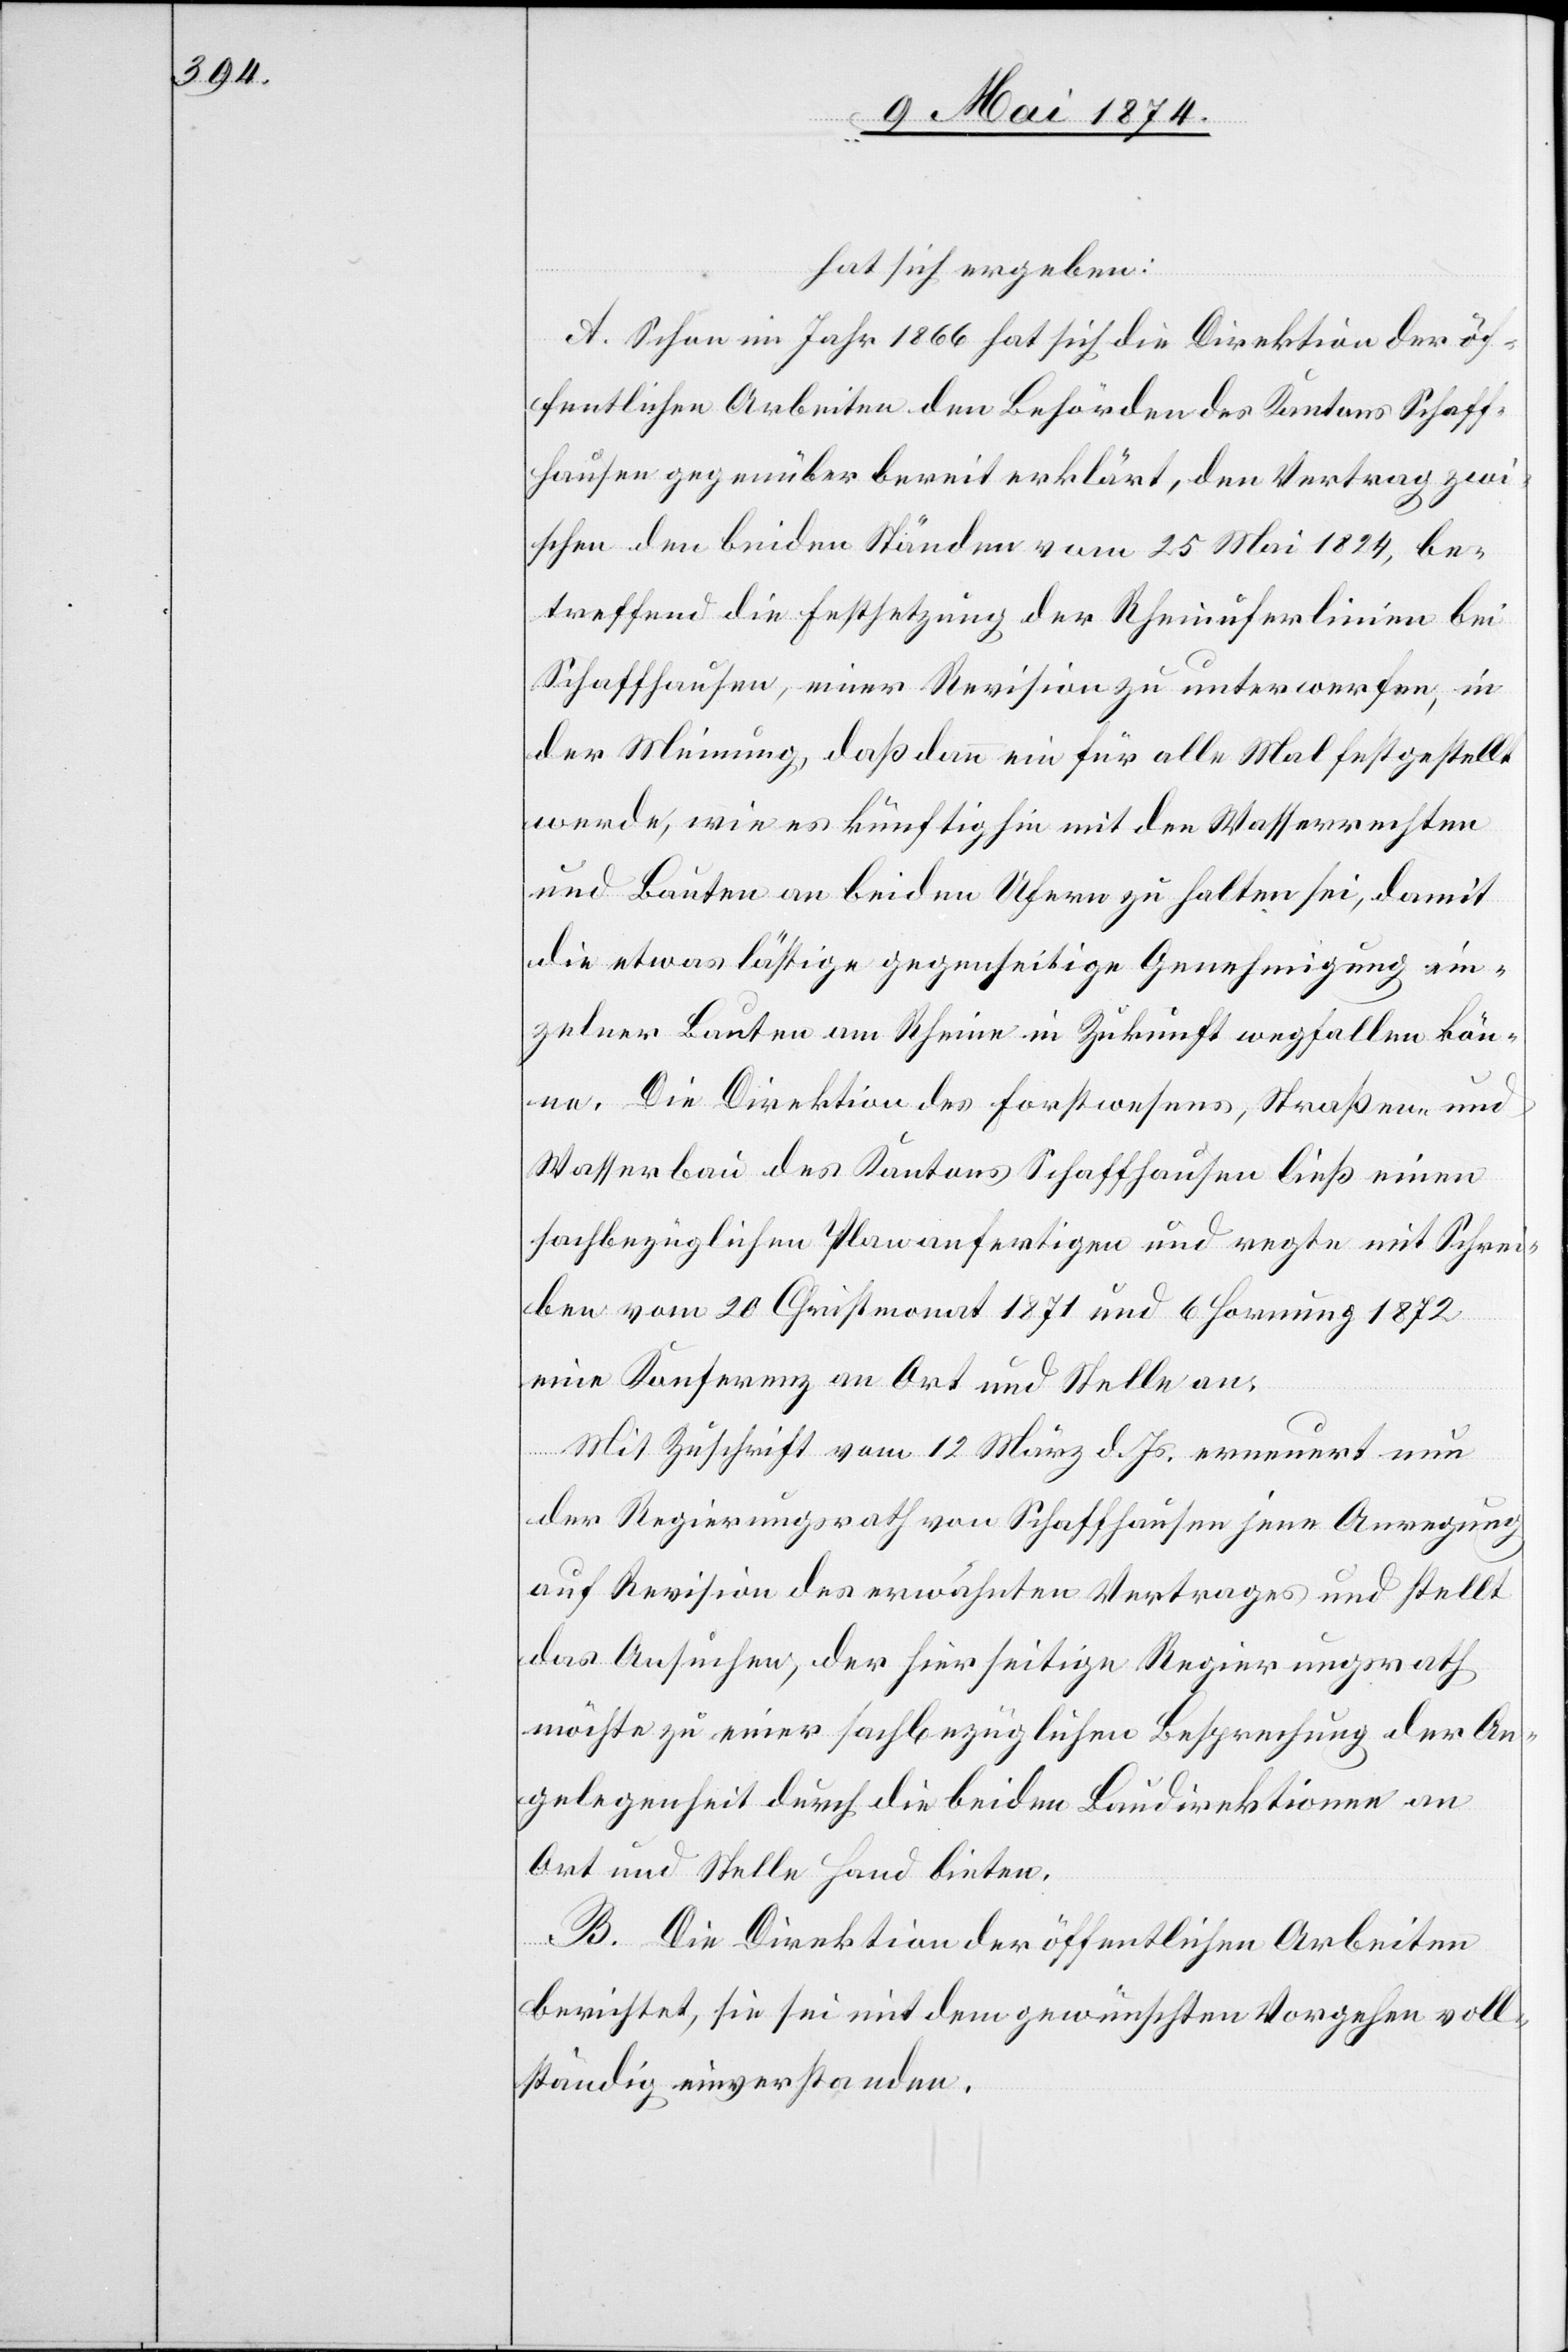
hat sich ergeben:
A. Schon im Jahr 1866 hat sich die Direktion der öf¬
fentlichen Arbeiten den Behörden des Kantons Schaff¬
hausen gegenüber bereit erklärt, den Vertrag zwi¬
schen den beiden Ständen vom 25. Mai 1824, be¬
treffend die Festsetzung der Rheinuferlinien bei
Schaffhausen, einer Revision zu unterwerfen, in
der Meinung, daß dann ein für alle Mal festgestellt
werde, wie es künftighin mit den Wasserrechten
und Bauten an beiden Ufern zu halten sei, damit
die etwas lästige gegenseitige Genehmigung ein¬
zelner Bauten am Rheine in Zukunft wegfallen kön¬
ne. Die Direktion des Forstwesens, Straßen und
Wasserbau des Kantons Schaffhausen ließ einen
sachbezüglichen Plan anfertigen und regte mit Schrei¬
ben vom 20. Christmonat 1871 und 6 Hornung 1872
eine Konferenz an Ort und Stelle an.
Mit Zuschrift vom 12. März d. Js. erneuert nun
der Regierungsrath von Schaffhausen jene Anregung
auf Revision des erwähnten Vertrages und stellt
das Ansuchen, der hierseitige Regierungsrath
möchte zu einer sachbezüglichen Besprechung der An¬
gelegenheit durch die beiden Baudirektionen an
Ort und Stelle Hand bieten.
B. Die Direktion der öffentlichen Arbeiten
berichtet, sie sei mit dem gewünschten Vorgehen voll¬
ständig einverstanden.